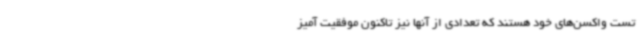
تست واکسن‌های خود هستند که تعدادی از آنها نیز تاکنون موفقیت آمیز